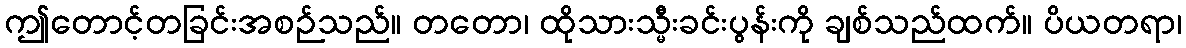
ဤတောင့်တခြင်းအစဉ်သည်။ တတော၊ ထိုသားသ္မီးခင်းပွန်းကို ချစ်သည်ထက်။ ပိယတရာ၊